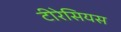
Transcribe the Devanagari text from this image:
टीरेसियस